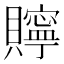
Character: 𮚫